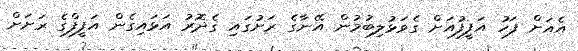
އެއަށް ފަހު އަފީފުއަށް ގެވަޅުލިބުމުން އޭނާގެ ރަށުގައި ގެދޮރު އަޅައިގެން އަފީފްގެ ރަށަށް